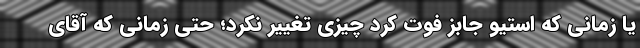
یا زمانی که استیو جابز فوت کرد چیزی تغییر نکرد؛ حتی زمانی که آقای